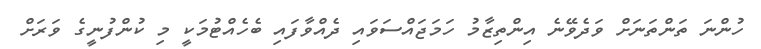
ހުންނަ ތަންތަނަށް ވަދެވޭނެ އިންތިޒާމު ހަމަޖައްސަވައި ދެއްވާފައި ބެހެއްޓުމަކީ މި ކުންފުނީގެ ވަރަށް